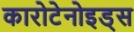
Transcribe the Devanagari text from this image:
कारोटेनोइड्स